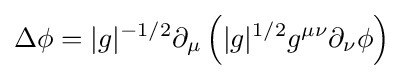
\Delta \phi =|g|^{-1/2}\partial _{\mu }\left(|g|^{1/2}g^{\mu \nu }\partial _{\nu }\phi \right)